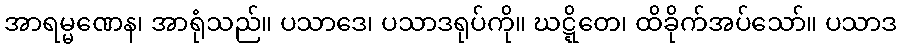
အာရမ္မဏေန၊ အာရုံသည်။ ပသာဒေ၊ ပသာဒရုပ်ကို။ ဃဋ္ဋိတေ၊ ထိခိုက်အပ်သော်။ ပသာဒ